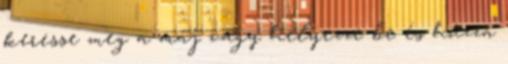
keresse meg a máj vagy helyezze be és húzza